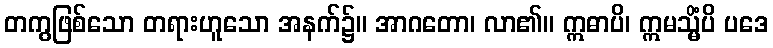
တကွဖြစ်သော တရားဟူသော အနက်၌။ အာဂတော၊ လာ၏။ ဣဓာပိ၊ ဣမသ္မိံပိ ပဒေ